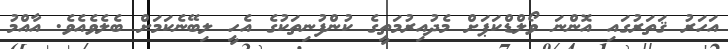
އަހަރު ޤަތަރުގައި އޮންނަ ވޯލްޑްކަޕަށް މެދުއިރުމަތީގެ ކުންފުނިތަކުގެ އެހީ ލިބޭނެކަމަށް ބެލެވެއެވެ. އާއްމު